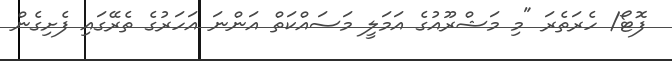
ފޮޓޯ/ ހެރަތެރަ "މި މަޝްރޫއުގެ އަމަލީ މަސައްކަތް އަންނަ އަހަރުގެ ތެރޭގައި ފެށިގެން